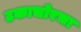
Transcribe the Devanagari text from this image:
टकाचोरचा